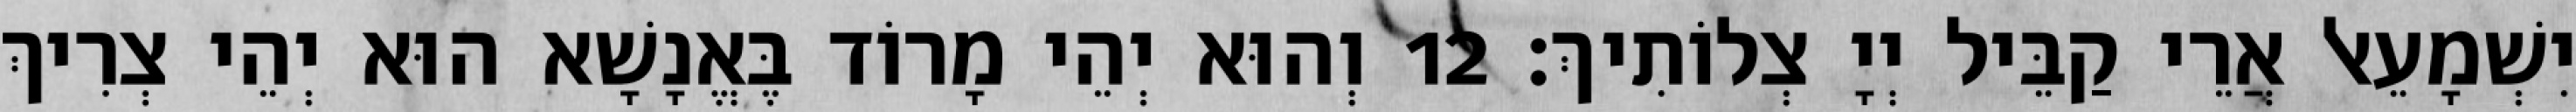
יִשְׁמָעֵאל אֲרֵי קַבֵּיל יְיָ צְלוֹתִיךְ׃ 12 וְהוּא יְהֵי מָרוֹד בֶּאֱנָשָׁא הוּא יְהֵי צְרִיךְ